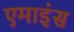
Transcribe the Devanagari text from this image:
एमाइंस